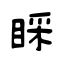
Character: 睬